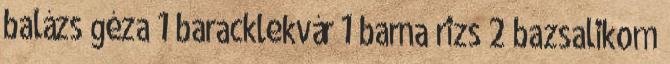
balázs géza 1 baracklekvár 1 barna rizs 2 bazsalikom